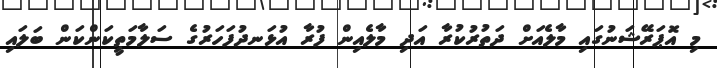
މި އޮޕަރޭޝަނުގައި މާލެއަށް ދަތުރުކުރާ އަދި މާލެއިން ފުރާ އުޅަނދުފަހަރުގެ ސަލާމަތީކަންކަން ބަލައި